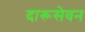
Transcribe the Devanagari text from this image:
दारूसेवन